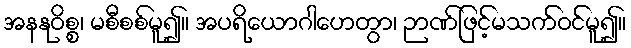
အနနုဝိစ္စ၊ မစီစစ်မူ၍။ အပရိယောဂါဟေတွာ၊ ဉာဏ်ဖြင့်မသက်ဝင်မူ၍။